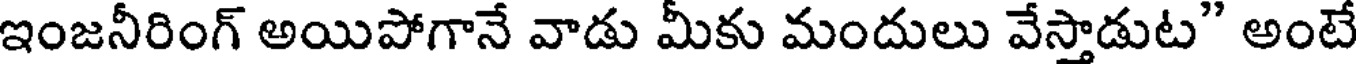
ఇంజనీరింగ్ అయిపోగానే వాడు మీకు మందులు వేస్తాడుట" అంటే